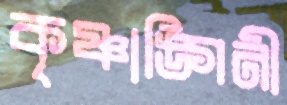
কৃষ্ণাঙ্গিনী